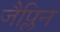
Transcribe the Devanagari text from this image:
जैप्लिन